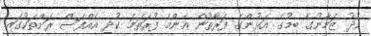
މެދު ޒަމާނުގެ ބިމުގެ އަޅުންގެ ފަރާތުން އެންމެ ފުރަތަމަ ކުދި އެއްފަސް ރަށްތަކުގައި